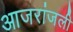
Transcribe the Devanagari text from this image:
आजरांजली